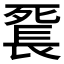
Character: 𨱼